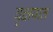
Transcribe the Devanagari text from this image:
वृक्षपात